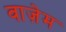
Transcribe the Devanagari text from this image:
वाज़ेम